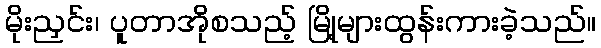
မိုးညှင်း၊ ပူတာအိုစသည့် မြို့များထွန်းကားခဲ့သည်။